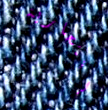
إنتحارية